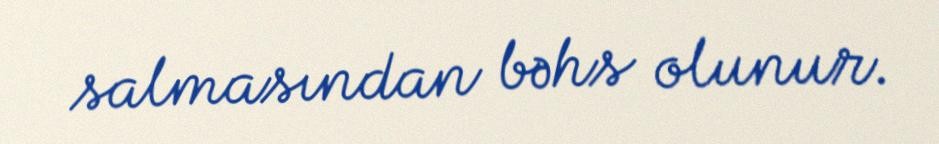
salmasından bəhs olunur.